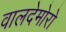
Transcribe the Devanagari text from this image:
वालदेमोरो